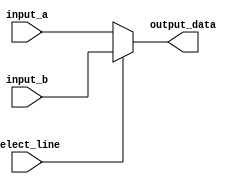
module Multiplexer1(
    input wire select_line,
    input wire [31:0] input_a, input_b,
    output wire [31:0] output_data
);

assign output_data = (select_line == 0) ? input_a : input_b;

endmodule